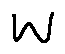
w